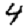
Digit: 4